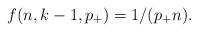
LaTeX: \begin{align*}f(n,k-1,p_+) = 1/(p_+ n).\end{align*}